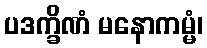
ပဒက္ခိဏံ မနောကမ္မံ၊